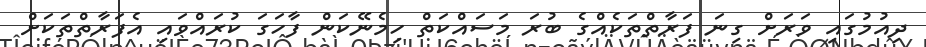
ދިއުމުގައި ވަރަށް ގިނަ ފަރާތްތަކެއްގެ ބުރަ މަސައްކަތް ހިމެނޭކަން ފާހަގަ ކުރައްވައި އެފަރާތްތަކަށް